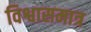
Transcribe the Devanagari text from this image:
विश्वासमात्र